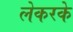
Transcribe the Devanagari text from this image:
लेकरके